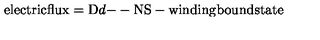
\mathrm { e l e c t r i c f l u x } = \mathrm { D } d \mathrm { -- N S - w i n d i n g } \mathrm { b o u n d s t a t e }